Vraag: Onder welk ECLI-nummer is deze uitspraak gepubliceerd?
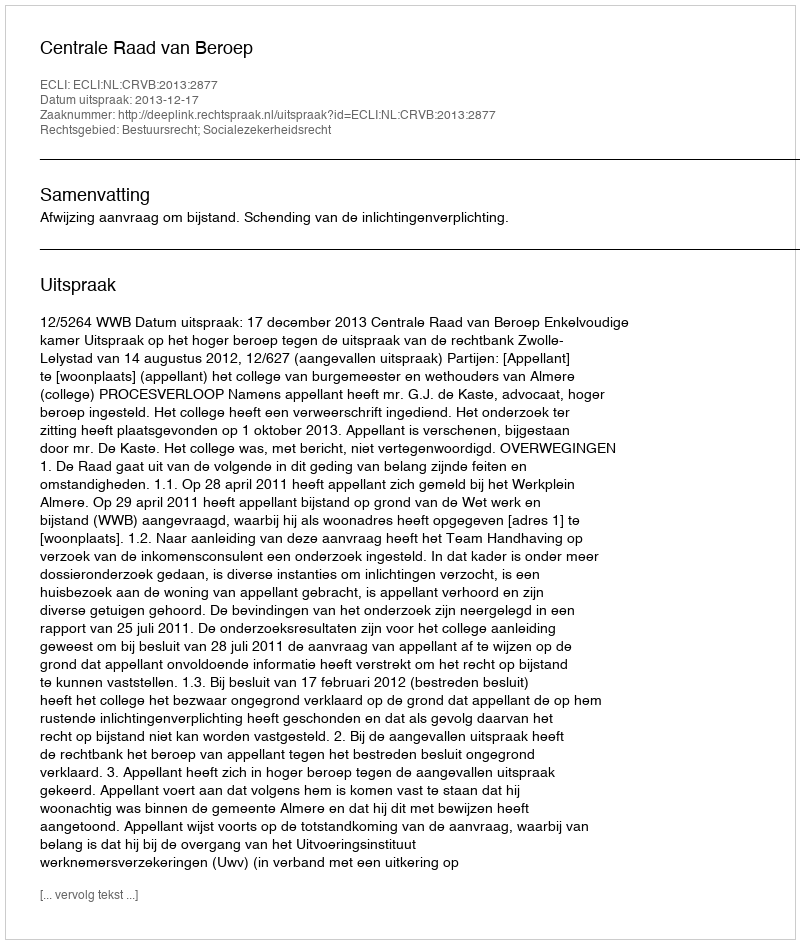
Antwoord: ECLI:NL:CRVB:2013:2877